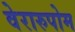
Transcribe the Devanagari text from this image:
वेरारुपोम